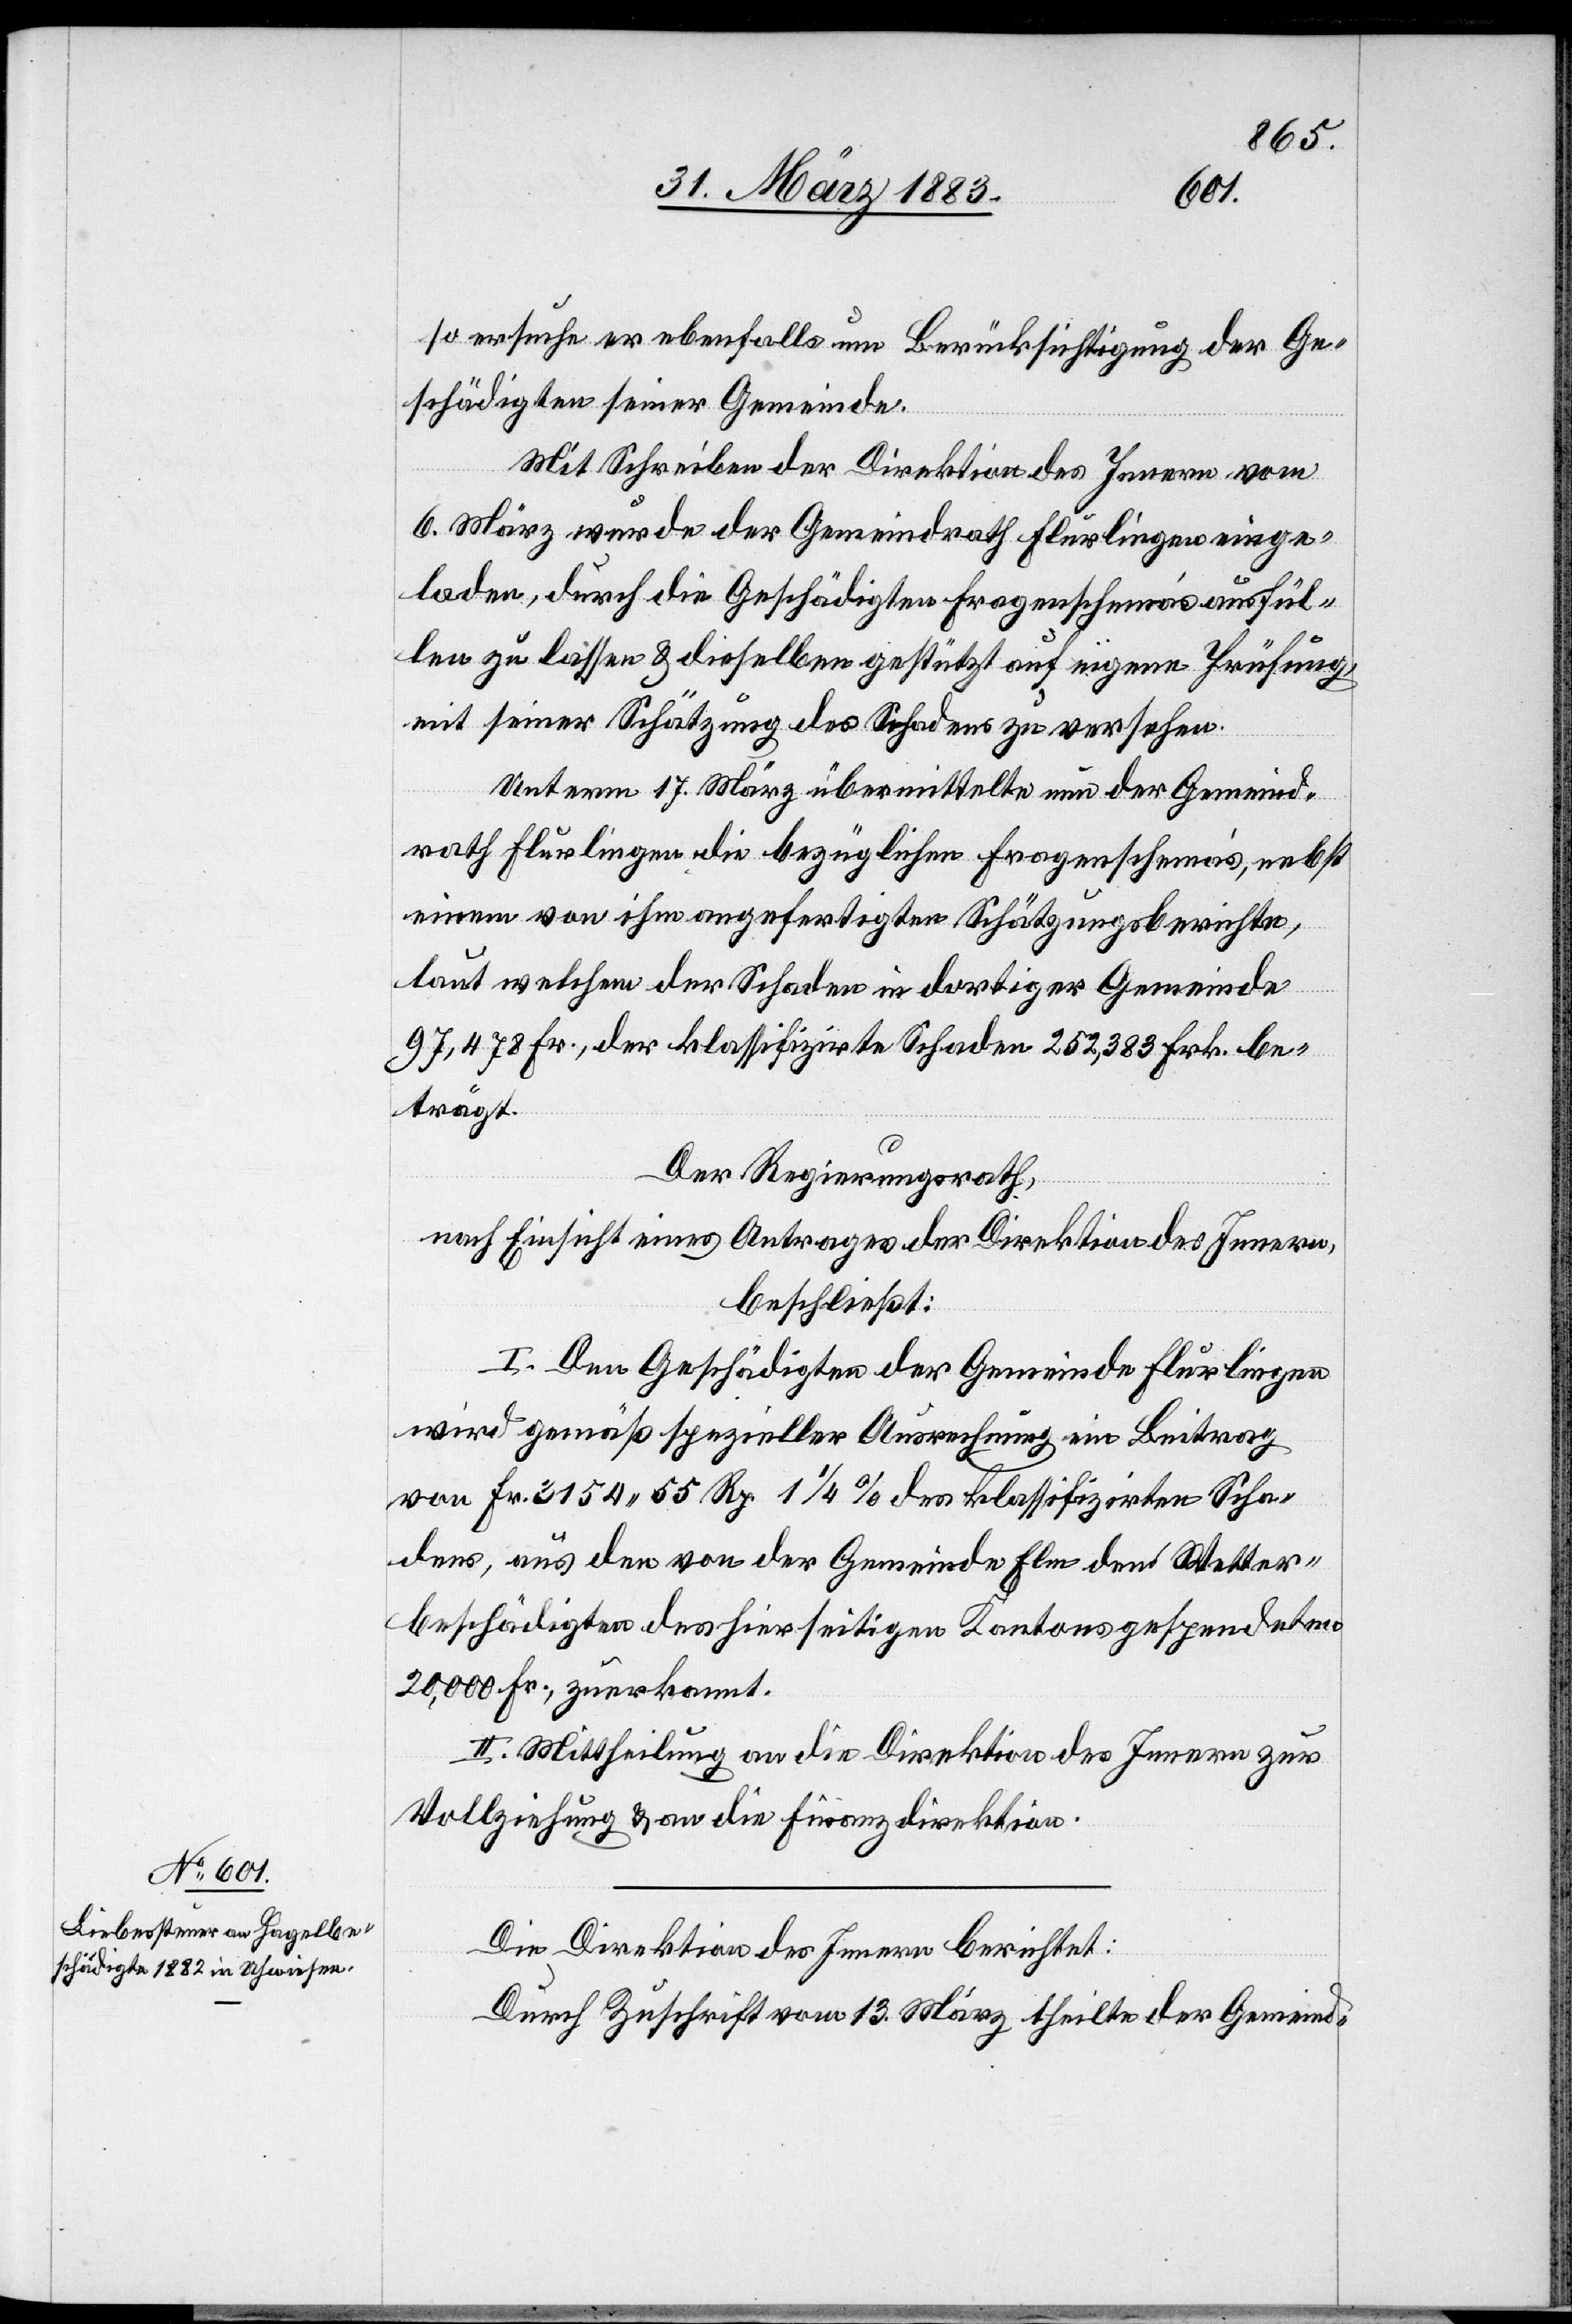
so ersuche er ebenfalls um Berücksichtigung der Ge¬
schädigten seiner Gemeinde.
Mit Schreiben der Direktion des Innern vom
6. März wurde der Gemeindrath Flurlingen einge¬
laden, durch die Geschädigten Fragenschemaʼs ausfül¬
len zu lassen & dieselben gestützt auf eigene Prüfung
mit seiner Schätzung des Schadens zu versehen.
Unterm 17. März übermittelte nun der Gemeind¬
rath Flurlingen die bezüglichen Fragenschemaʼs, nebst
einem von ihm angefertigten Schätzungsberichte,
laut welchem der Schaden in dortiger Gemeinde
97,478 Fr., der klassifizirte Schaden 252,383 Frk. be¬
trägt.
Der Regierungsrath,
nach Einsicht eines Antrages der Direktion des Innern,
beschließt:
I. Den Geschädigten der Gemeinde Flurlingen
wird gemäß spezieller Ausrechnung ein Beitrag
von Fr. 3154 55 Rp. 1 1/4% des klassifizirten Scha¬
dens, aus den von der Gemeinde Elm den Wetter¬
beschädigten des hierseitigen Kantons gespendeten
20,000 Fr., zuerkannt.
II. Mittheilung an die Direktion des Innern zur
Vollziehung & an die Finanzdirektion.
Die Direktion des Innern berichtet:
Durch Zuschrift vom 13. März theilte der Gemeind-